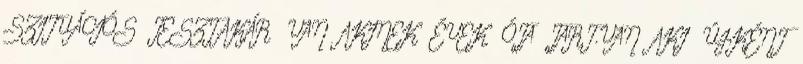
SZITUÁCIÓS TESZT.AKÁR VAN AKINEK ÉVEK ÓTA TART.VAN AKI ÚJKÉNT